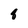
Character: 8